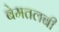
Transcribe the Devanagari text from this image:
बेमतलबी